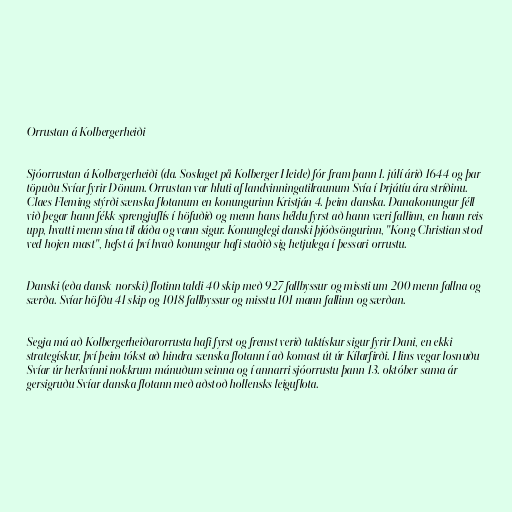
Orrustan á Kolbergerheiði

Sjóorrustan á Kolbergerheiði (da. Søslaget på Kolberger Heide) fór fram þann 1. júlí árið 1644 og þar
töpuðu Svíar fyrir Dönum. Orrustan var hluti af landvinningatilraunum Svía í Þrjátíu ára stríðinu.
Claes Fleming stýrði sænska flotanum en konungurinn Kristján 4. þeim danska. Danakonungur féll
við þegar hann fékk sprengjuflís í höfuðið og menn hans héldu fyrst að hann væri fallinn, en hann reis
upp, hvatti menn sína til dáða og vann sigur. Konunglegi danski þjóðsöngurinn, "Kong Christian stod
ved højen mast", hefst á því hvað konungur hafi staðið sig hetjulega í þessari orrustu.

Danski (eða dansk-norski) flotinn taldi 40 skip með 927 fallbyssur og missti um 200 menn fallna og
særða. Svíar höfðu 41 skip og 1018 fallbyssur og misstu 101 mann fallinn og særðan.

Segja má að Kolbergerheiðarorrusta hafi fyrst og fremst verið taktískur sigur fyrir Dani, en ekki
strategískur, því þeim tókst að hindra sænska flotann í að komast út úr Kílarfirði. Hins vegar losnuðu
Svíar úr herkvínni nokkrum mánuðum seinna og í annarri sjóorrustu þann 13. október sama ár
gersigruðu Svíar danska flotann með aðstoð hollensks leiguflota.